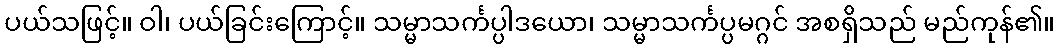
ပယ်သဖြင့်။ ဝါ၊ ပယ်ခြင်းကြောင့်။ သမ္မာသင်္ကပ္ပါဒယော၊ သမ္မာသင်္ကပ္ပမဂ္ဂင် အစရှိသည် မည်ကုန်၏။